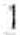
1